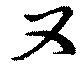
又